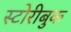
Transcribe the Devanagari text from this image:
स्टोरीबुक